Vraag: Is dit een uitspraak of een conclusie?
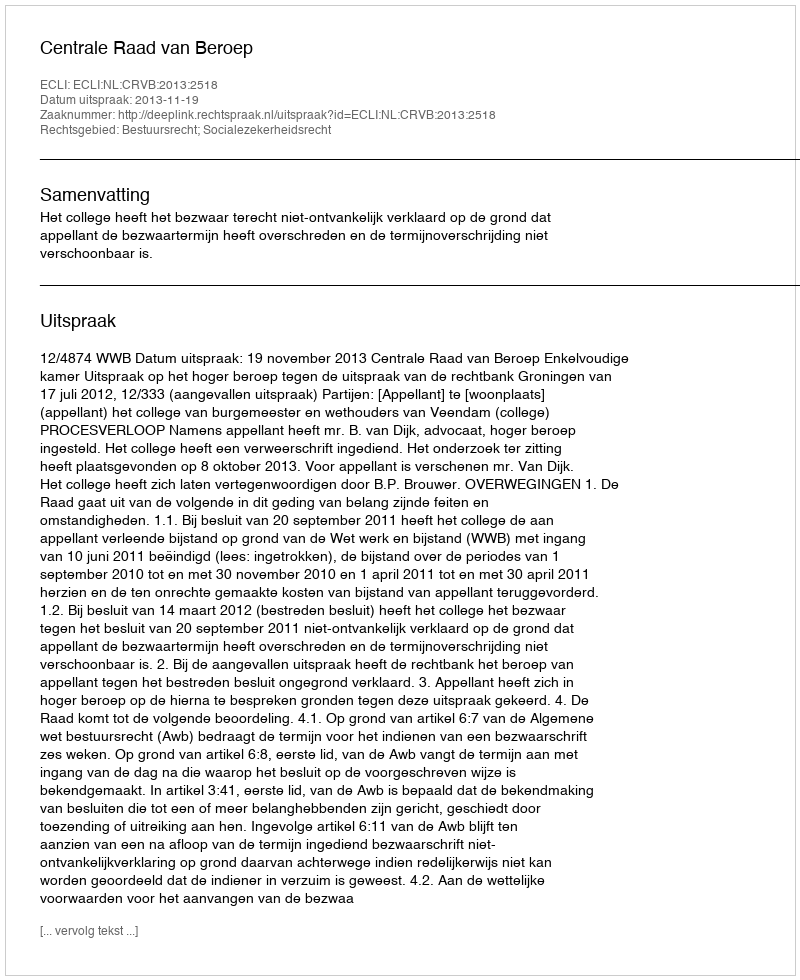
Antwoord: Uitspraak